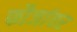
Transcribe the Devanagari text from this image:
फौजांवर